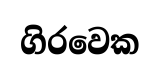
ගිරවෙක